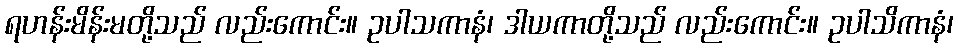
ရဟန်းမိန်းမတို့သည် လည်းကောင်း။ ဥပါသကာနံ၊ ဒါယကာတို့သည် လည်းကောင်း။ ဥပါသိကာနံ၊